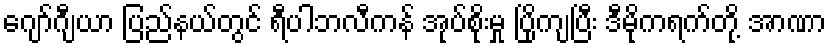
ဂျော်ဂျီယာ ပြည်နယ်တွင် ရီပါဘလီကန် အုပ်စိုးမှု ပြိုကျပြီး ဒီမိုကရက်တို့ အာဏာ